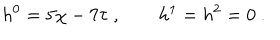
LaTeX: h ^ { 0 } = 5 \chi - 7 \tau \ , \qquad h ^ { 1 } = h ^ { 2 } = 0 \ .